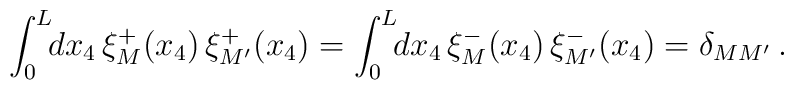
\int_0^L \!\! dx_4\,\xi_M^+(x_4)\,\xi_{M'}^+(x_4) = \int_0^L \!\! dx_4\,\xi_M^-(x_4)\,\xi_{M'}^-(x_4) = \delta_{MM'} \,.